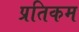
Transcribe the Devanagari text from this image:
प्रतिकम